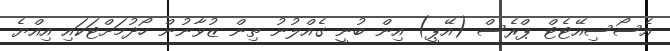
އެސޯސިއޭޓެޓް ޕްރެސް (އޭޕީ) އިން ބުނީ ގެއްލުނު ތިން ޒުވާނުން ހޯދުމަށްޓަކައި އިއްޔެ